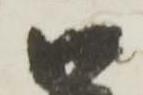
御